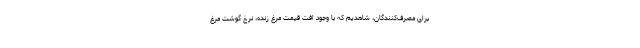
برای مصرف‌کنندگان، شاهدیم که با وجود افت قیمت مرغ زنده، نرخ گوشت مرغ